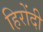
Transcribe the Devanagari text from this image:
हिरोंदी